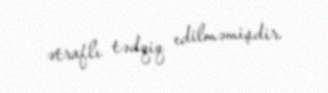
ətraflı tədqiq edilməmişdir.